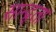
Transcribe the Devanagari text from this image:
सान्द्र्ता